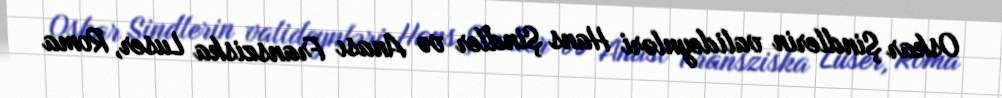
Oskar Şindlerin valideynləri Hans Şindler və Anası Fransziska Luser, Roma